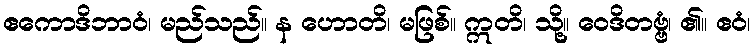
ဧကောဒိဘာဝံ၊ မည်သည်။ န ဟောတိ၊ မဖြစ်။ ဣတိ၊ သို့။ ဝေဒိတဗ္ဗံ၊ ၏။ ဧဝံ၊